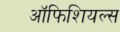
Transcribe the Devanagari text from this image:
ऑफिशियल्स